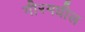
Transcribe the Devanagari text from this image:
गीरमधील